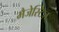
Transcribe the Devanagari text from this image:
मैजेस्टिज़